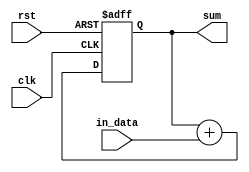
module accumulator (
    input wire clk,
    input wire rst,
    input wire [7:0] in_data,
    output reg [15:0] sum
);

always @(posedge clk or posedge rst) begin
    if(rst) begin
        sum <= 16'b0; // Clear accumulator
    end else begin
        sum <= sum + in_data; // Add input value to accumulator
    end
end

endmodule